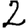
Digit: 2